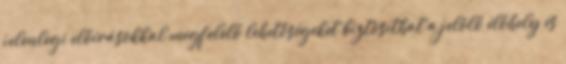
jelenlegi előírásokkal megfelelő lehetőségeket biztosíthat a jelölő élőhely és